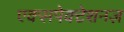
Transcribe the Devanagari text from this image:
एक्सपेक्टेशनज़